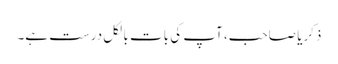
ذکریا صاحب، آپ کی بات بالکل درست ہے۔